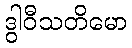
ဒွါဝီသတိမော